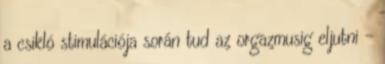
a csikló stimulációja során tud az orgazmusig eljutni -